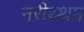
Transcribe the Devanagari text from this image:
नरीथ्थम